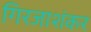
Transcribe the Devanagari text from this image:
गिरजाशंकर